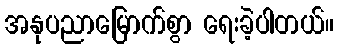
အနုပညာမြောက်စွာ ရေးခဲ့ပါတယ်။